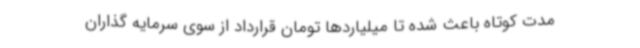
مدت کوتاه باعث شده تا میلیاردها تومان قرارداد از سوی سرمایه گذاران